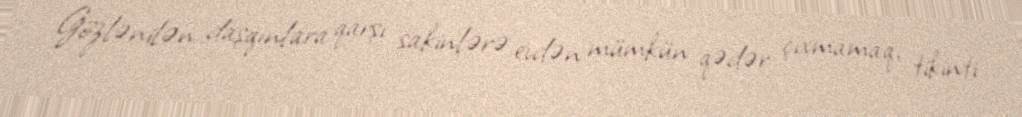
Gözlənilən daşqınlara qarşı sakinlərə evdən mümkün qədər çıxmamaq, tikinti